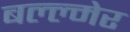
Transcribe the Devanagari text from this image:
बल्ल्मेर